Madras plague regulations in force outside the Presidency town - Volume 1
Disease focus: Plague
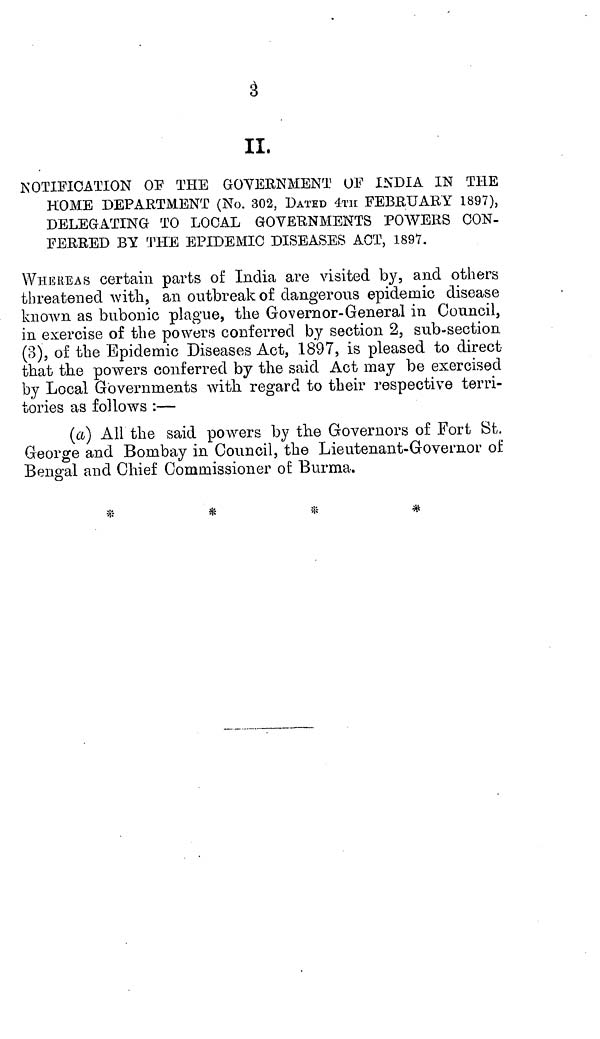
3
II.
NOTIFICATION OF THE GOVERNMENT OF INDIA IN THE
HOME DEPARTMENT (No. 302, DATED 4TH FEBRUARY 1897),
DELEGATING TO LOCAL GOVERNMENTS POWERS CON-
FERRED BY THE EPIDEMIC DISEASES ACT, 1897.
WHEREAS certain parts of India are visited by, and others
threatened with, an outbreak of dangerous epidemic disease
known as bubonic plague, the Governor-General in Council,
in exercise of the powers conferred by section 2, sub-section
(3), of the Epidemic Diseases Act, 1897, is pleased to direct-
that the powers conferred by the said Act may be exercised
by Local Governments with regard to their respective terri-
tories as follows :—
(a) All the said powers by the Governors of Fort St.
George and Bombay in Council, the Lieutenant-Governor of
Bengal and Chief Commissioner of Burma.